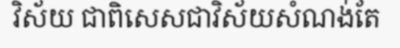
វិស័យ ជាពិសេសជាវិស័យសំណង់តែ